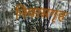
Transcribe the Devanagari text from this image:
निवासगृह